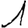
Digit: 1